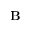
\mathbf { B }